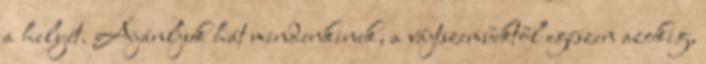
a helyét. Ajánljuk hát mindenkinek, a vájtszeműektől egészen azokig,